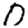
Digit: 0